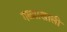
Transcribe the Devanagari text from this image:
गळ्याखाली